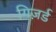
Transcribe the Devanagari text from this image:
गिज़र्ड